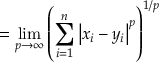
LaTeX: = \operatorname* { l i m } _ { p \to \infty } \left( \sum _ { i = 1 } ^ { n } \left| x _ { i } - y _ { i } \right| ^ { p } \right) ^ { 1 / p }